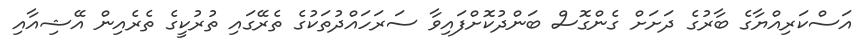
އަސްކަރިއްޔާގެ ބާރުގެ ދަށަށް ގެންގޮސް ބަންދުކޮށްފައިވާ ސަރަހައްދުތަކުގެ ތެރޭގައި ތުރުކީގެ ތެރެއިން އޭޝިއާއި